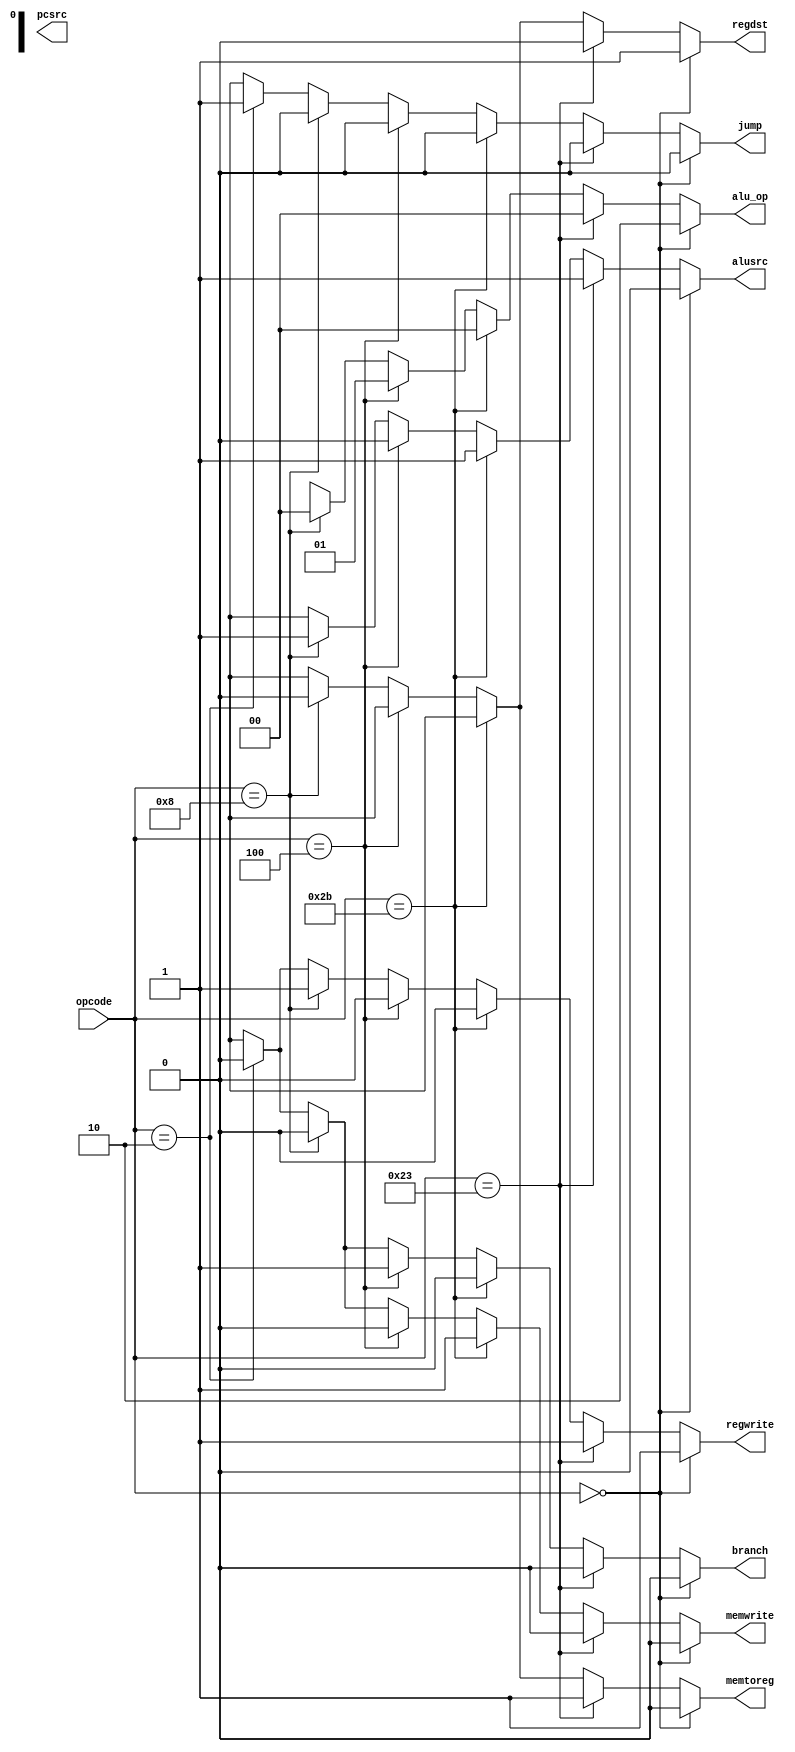
`timescale 1ns / 1ps
//////////////////////////////////////////////////////////////////////////////////
// Company: 
// Engineer: 
// 
// Design Name: 
// Module Name: aludec
// Project Name: 
// Target Devices: 
// Tool Versions: 
// Description: 
// 
// Dependencies: 
// 
// Revision:
// Revision 0.01 - File Created
// Additional Comments:
// 
//////////////////////////////////////////////////////////////////////////////////


module maindec(
    input [5:0]opcode,
    output wire jump,
    output wire branch,
    output wire alusrc,
    output wire memwrite,
    output wire memtoreg,
    output wire regwrite,
    output wire regdst,
    output wire pcsrc,
    output wire [1:0] alu_op
    );

assign alu_op = (opcode == 6'b000000) ? 2'b10:   // R-type
              (opcode == 6'b100011) ? 2'b00:       // lw
              (opcode == 6'b101011) ? 2'b00:       // sw
              (opcode == 6'b000100) ? 2'b01:       // beq
              (opcode == 6'b001000) ? 2'b00:       // addi
              (opcode == 6'b000010) ? 2'bxx:       // j
              2'bxx;

assign regwrite = (opcode == 6'b000000) ? 1'b1:   // R-type
              (opcode == 6'b100011) ? 1'b1:       // lw
              (opcode == 6'b101011) ? 1'b0:       // sw
              (opcode == 6'b000100) ? 1'b0:       // beq
              (opcode == 6'b001000) ? 1'b1:       // addi
              (opcode == 6'b000010) ? 1'b0:       // j
              1'bx;

assign regdst = (opcode == 6'b000000) ? 1'b1:
              (opcode == 6'b100011) ? 1'b0:
              (opcode == 6'b101011) ? 1'bx:
              (opcode == 6'b000100) ? 1'bx:
              (opcode == 6'b001000) ? 1'b0:
              (opcode == 6'b000010) ? 1'bx:
              1'bx;

assign alusrc = (opcode == 6'b000000) ? 1'b0:
              (opcode == 6'b100011) ? 1'b1:
              (opcode == 6'b101011) ? 1'b1:
              (opcode == 6'b000100) ? 1'b0:
              (opcode == 6'b001000) ? 1'b1:
              (opcode == 6'b000010) ? 1'bx:
              1'bx;

assign branch = (opcode == 6'b000000) ? 1'b0:
              (opcode == 6'b100011) ? 1'b0:
              (opcode == 6'b101011) ? 1'b0:
              (opcode == 6'b000100) ? 1'b1:
              (opcode == 6'b001000) ? 1'b0:
              (opcode == 6'b000010) ? 1'b0:
              1'bx;

assign memwrite = (opcode == 6'b000000) ? 1'b0:
              (opcode == 6'b100011) ? 1'b0:
              (opcode == 6'b101011) ? 1'b1:
              (opcode == 6'b000100) ? 1'b0:
              (opcode == 6'b001000) ? 1'b0:
              (opcode == 6'b000010) ? 1'b0:
              1'bx;

assign memtoreg = (opcode == 6'b000000) ? 1'b0:
              (opcode == 6'b100011) ? 1'b1:
              (opcode == 6'b101011) ? 1'bx:
              (opcode == 6'b000100) ? 1'bx:
              (opcode == 6'b001000) ? 1'b0:
              (opcode == 6'b000010) ? 1'bx:
              1'bx;

assign jump = (opcode == 6'b000000) ? 1'b0:
              (opcode == 6'b100011) ? 1'b0:
              (opcode == 6'b101011) ? 1'b0:
              (opcode == 6'b000100) ? 1'b0:
              (opcode == 6'b001000) ? 1'b0:
              (opcode == 6'b000010) ? 1'b1:
              1'bx;
endmodule